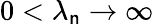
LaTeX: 0<\lambda_{\mathsf{n}}\to\infty